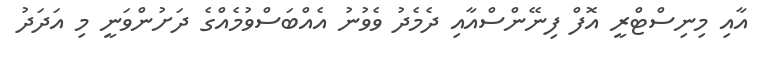
އާއި މިނިސްޓްރީ އޮފް ފިނޭންސްއާއި ދެމެދު ވެވުނު އެއްބަސްވުމެއްގެ ދަށުންވަނީ މި އަދަދު